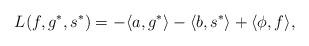
LaTeX: \begin{align*}L(f, g^*, s^*) = -\langle a, g^*\rangle - \langle b, s^*\rangle + \langle \phi, f\rangle,\end{align*}